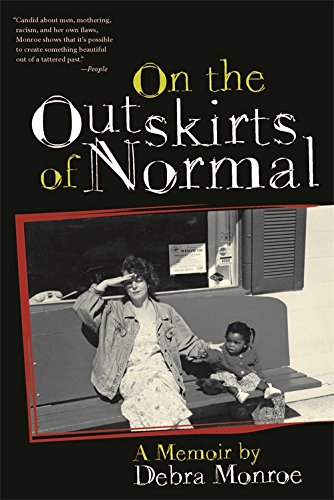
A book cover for On the Outskirts of Normal: Forging a Family Against the Grain; Debra Monroe; Parenting & Relationships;